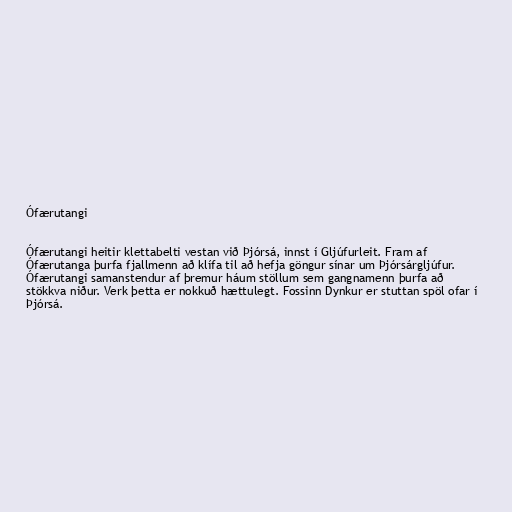
Ófærutangi

Ófærutangi heitir klettabelti vestan við Þjórsá, innst í Gljúfurleit. Fram af
Ófærutanga þurfa fjallmenn að klífa til að hefja göngur sínar um Þjórsárgljúfur.
Ófærutangi samanstendur af þremur háum stöllum sem gangnamenn þurfa að
stökkva niður. Verk þetta er nokkuð hættulegt. Fossinn Dynkur er stuttan spöl ofar í
Þjórsá.